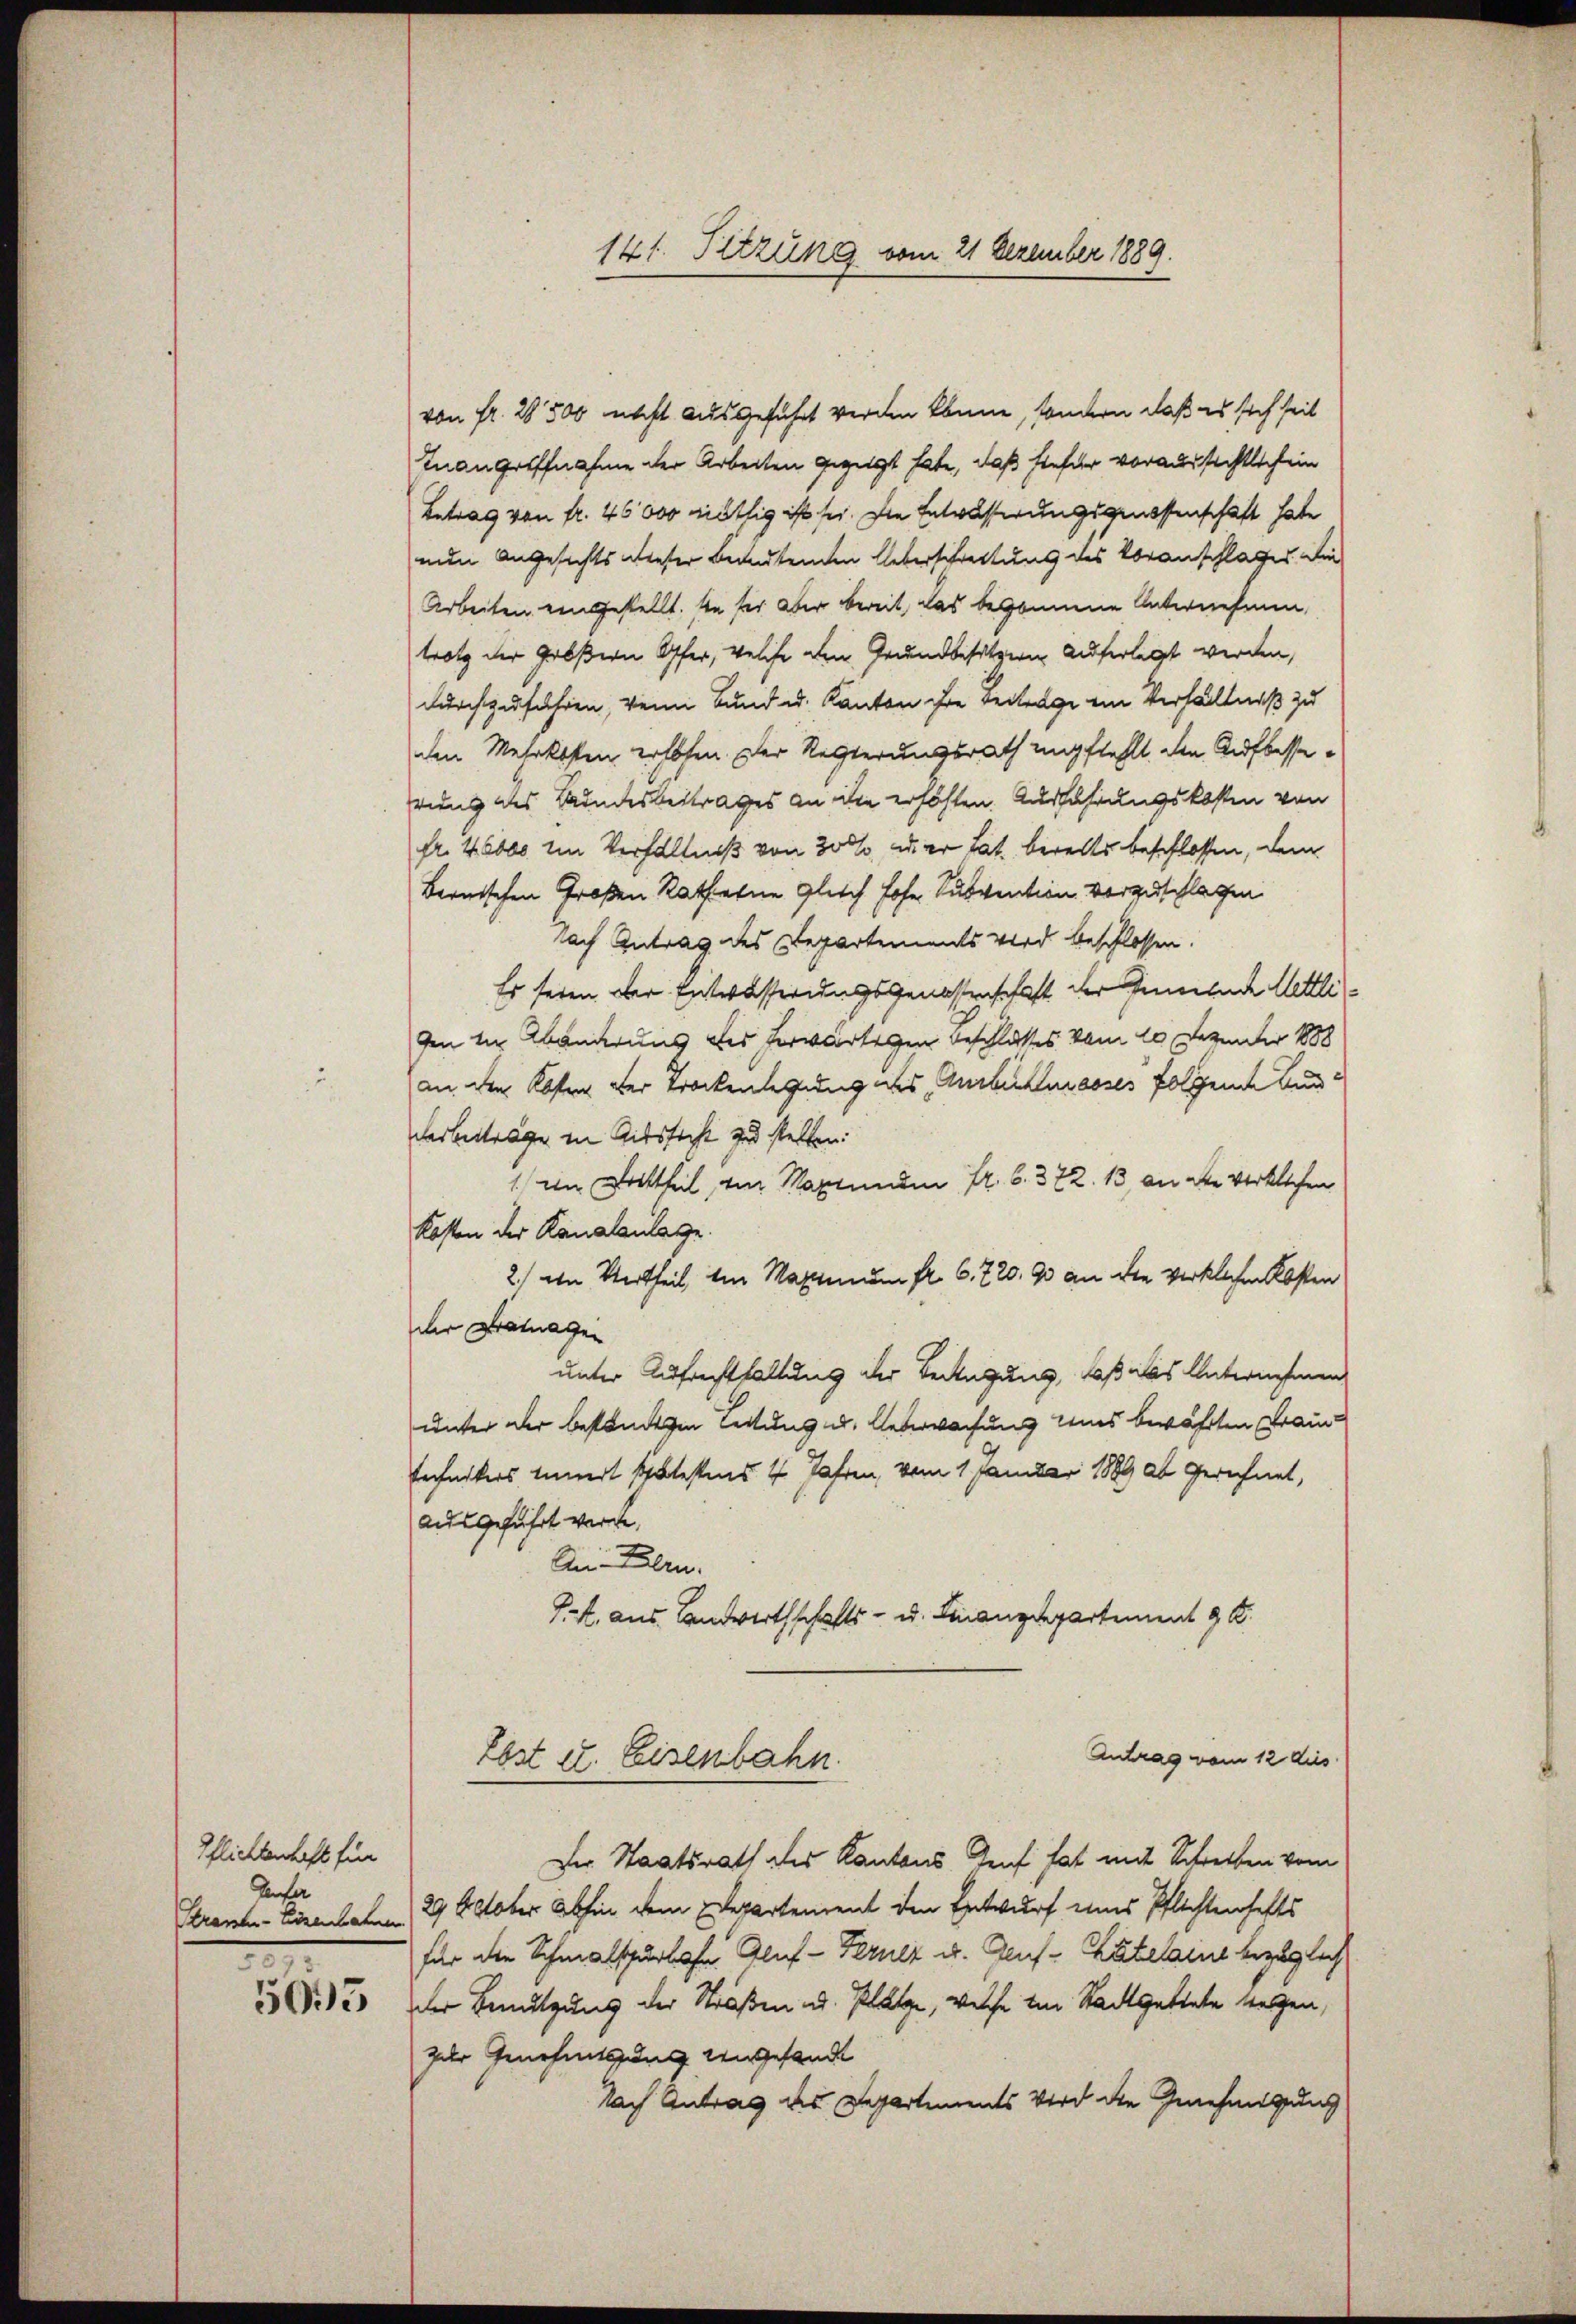
Pflichtenhaft für
Genfer
Stranten-Eisenbahnen.
e

141. Sitzung vom 21 Dezember 1889.

von Fr. 28500 nicht ausgeführt werden könne, sondern daß es sich seit
Inangriffnahme der Arbeiten gezeigt habe, daß hiefür voraussichtlich ein
Betrag von fr. 46000 nöthig ist sei. Die Entwässerungsgenossenschaft habe
nun angesichts dieser Bedeutenden Ueberschreitung des Voranschlages die
Arbeiten eingestellt. In sei aber bereit, das begonnene Unternehmen,
trotz der Größern Opfer, welche den Grundbesitzern auferlegt werden,
durchzuführen, wenn Bund u. Kanton ihre Beitrage ein Verhältniß zu
den Mehrkosten erhöhen. Der Rechterungsrath empfiehlt, den Aufbesserung des Bundesbeitrages an die erhöhten. Ausführungskosten von
fr. 40000 in Verhältniß von 300 u. er tat. bereits beschlossen, dem
Bernischen Großen Rathene glich hohe Subvention vorzuschlagen
Nach Antrag des Departements wird beschlossen.
Es seien der Entwässerungsgenossenschaft der Gemeinde Mettligen in Abänderung des herwärtigen Beschlosses vom 10 Dezunter 1888
an den Koster der Trockenlegung des Ausbilmasses folgende Ausdarbeiträge in Ritssacht zu stellen.
1 im Dotttheil, von Maximum fr. 6. 372. 13 an die verklichen
Kosten der Kanalanlage.
2.) Die Vertheil im Maximum fr. 6. 720. 90 an die wirklichen Kosten
der Betragen
unter Aufrechthaltung der Beifügung, daß als Unternehmen
unter der beständigen Leitung u. Ueberwachung uns bewährten Fran¬
Technikers innert spätestens 4 Jahren, vom 1. Januar 1889 ab gerechnet,
ausgeführt werde,
An Bern.
P. k. aus Landwirthschafts- u. Finanzdepartement 9 K
Antrag vom 12 dies
Lost u. Eisenbahn.
Der Staatsrath des Kantons Genf hat mit Schreiben vom
29 Oktober abhin dem Departement den Entwurf eines Pflichtenhafts
für die Schmalspurlohn Aluf - Ferner u. Genf - Katelins bezüglich
32. Der Benutzung der Straßen d. Platze, welche im Stadtsattete weggen,
zur Genehmessung Ungesandt
Nach Antrag des Departements Wird die Genehmigung